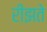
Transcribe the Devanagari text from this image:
रीझते